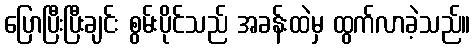
ပြောပြီးပြီးချင်း စွမ်းပိုင်သည် အခန်းထဲမှ ထွက်လာခဲ့သည်။